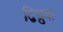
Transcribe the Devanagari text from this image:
द्विध्रुव।